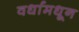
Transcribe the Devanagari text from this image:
वर्धामधून